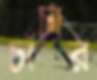
চাঁচার